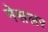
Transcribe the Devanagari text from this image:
नेसलर